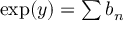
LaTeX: \textstyle \exp ( y ) = \sum b _ { n }